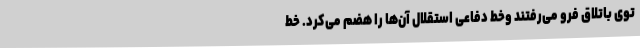
توی باتلاق فرو می‌رفتند وخط دفاعی استقلال آن‌ها را هضم می‌کرد. خط